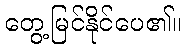
တွေ့မြင်နိုင်ပေ၏။